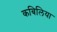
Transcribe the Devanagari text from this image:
कबिलिया